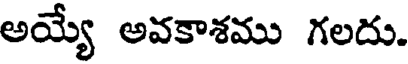
అయ్యే అవకాశము గలదు.